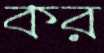
কর